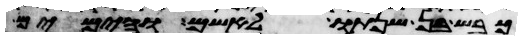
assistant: כבש בן שנתו לאשם והימים